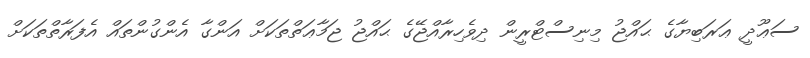
ސަޢޫދީ ޢަރަބިޔާގެ ޙައްޖު މިނިސްޓްރީން ދިވެހިރާއްޖޭގެ ޙައްޖު ޖަމާޢަތްތަކަށް އަންގާ އެންގުންތައް އެފަރާތްތަކަށް